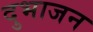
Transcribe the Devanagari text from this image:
दुभाजन